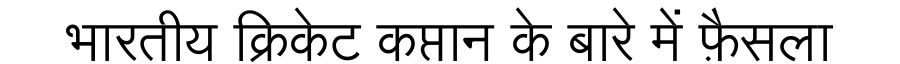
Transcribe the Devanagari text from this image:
भारतीय क्रिकेट कप्तान के बारे में फ़ैसला